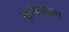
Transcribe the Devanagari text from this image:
सूर्यकांतला